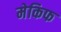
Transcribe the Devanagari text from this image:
मेकिफ